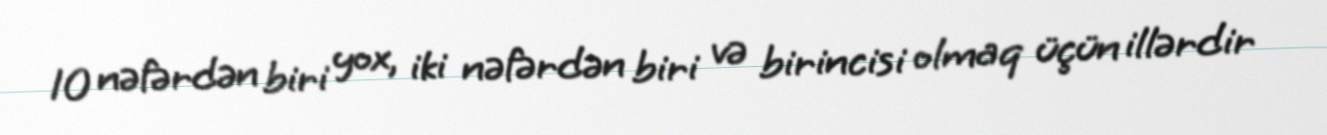
10 nəfərdən biri yox, iki nəfərdən biri və birincisi olmaq üçün illərdir